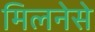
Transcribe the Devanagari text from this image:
मिलनेसे